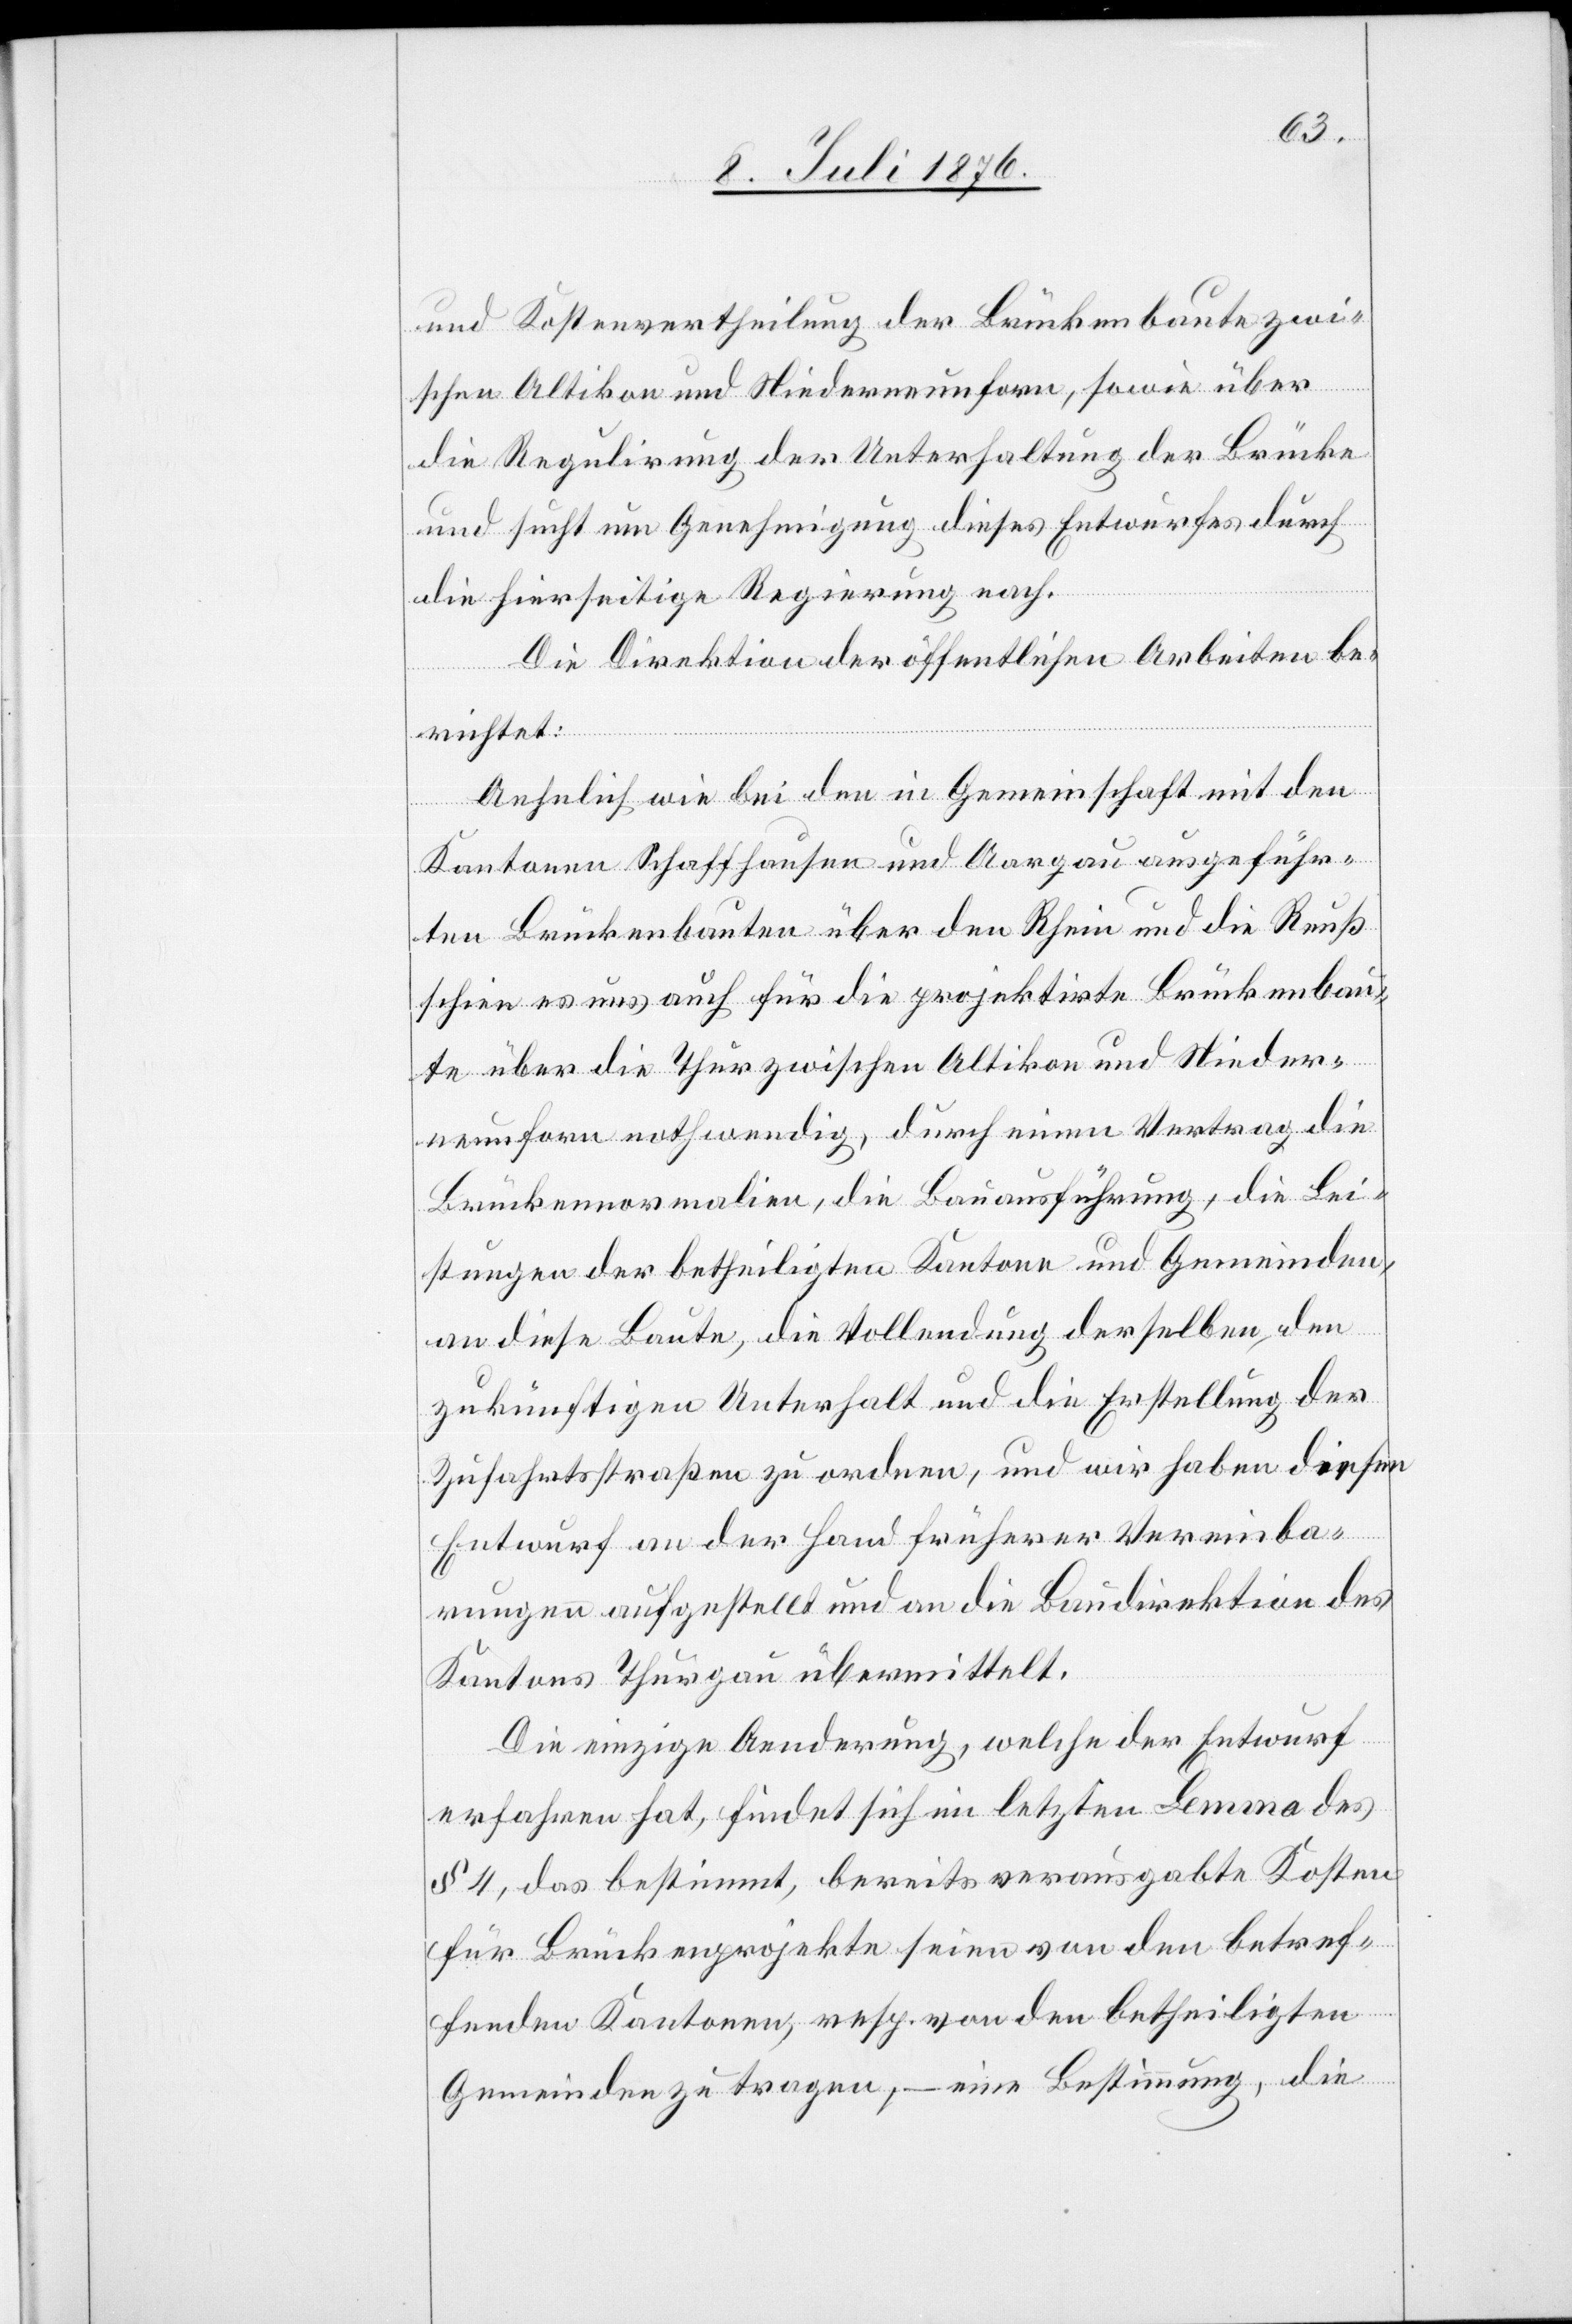
und Kostenvertheilung der Brückenbaute zwi¬
schen Altikon und Niederneunforn, sowie über
die Regulirung der Unterhaltung der Brücke
und sucht um Genehmigung dieses Entwurfes durch
die hierseitige Regierung nach.
Die Direktion der öffentlichen Arbeiten be¬
richtet:
Aehnlich wie bei den in Gemeinschaft mit den
Kantonen Schaffhausen und Aargau ausgeführ¬
ten Brückenbauten über den Rhein und die Reuß
schien es uns auch für die projektirte Brückenbau¬
te über die Thur zwischen Altikon und Nieder¬
neunforn nothwendig, durch einen Vertrag die
Brückennormalien, die Bauausführung, die Lei¬
stungen der betheiligten Kantone und Gemeinden,
an diese Baute, die Vollendung derselben, den
zukünftigen Unterhalt und die Erstellung der
Zufahrtsstraßen zu ordnen, und wir haben diesen
Entwurf an der Hand früherer Vereinba¬
rungen aufgestellt und an die Baudirektion des
Kantons Thurgau übermittelt.
Die einzige Aenderung, welche der Entwurf
erfahren hat, findet sich im letzten Lemma des
§ 4, das bestimmt, bereits verausgabte Kosten
für Brückenprojekte seien von den betref¬
fenden Kantonen, resp. von den betheiligten
Gemeinden zu tragen, eine Bestimmung, die